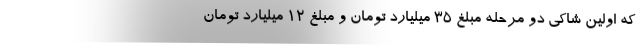
که اولین شاکی دو مرحله مبلغ 35 میلیارد تومان و مبلغ 12 میلیارد تومان